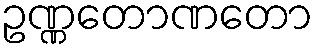
ဥဏ္ဏတောဏတော